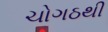
ચોગઠથી